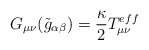
\begin{align*}G_{\mu\nu}(\tilde{g}_{\alpha\beta})=\frac{\kappa}{2}T_{\mu\nu}^{eff} \end{align*}